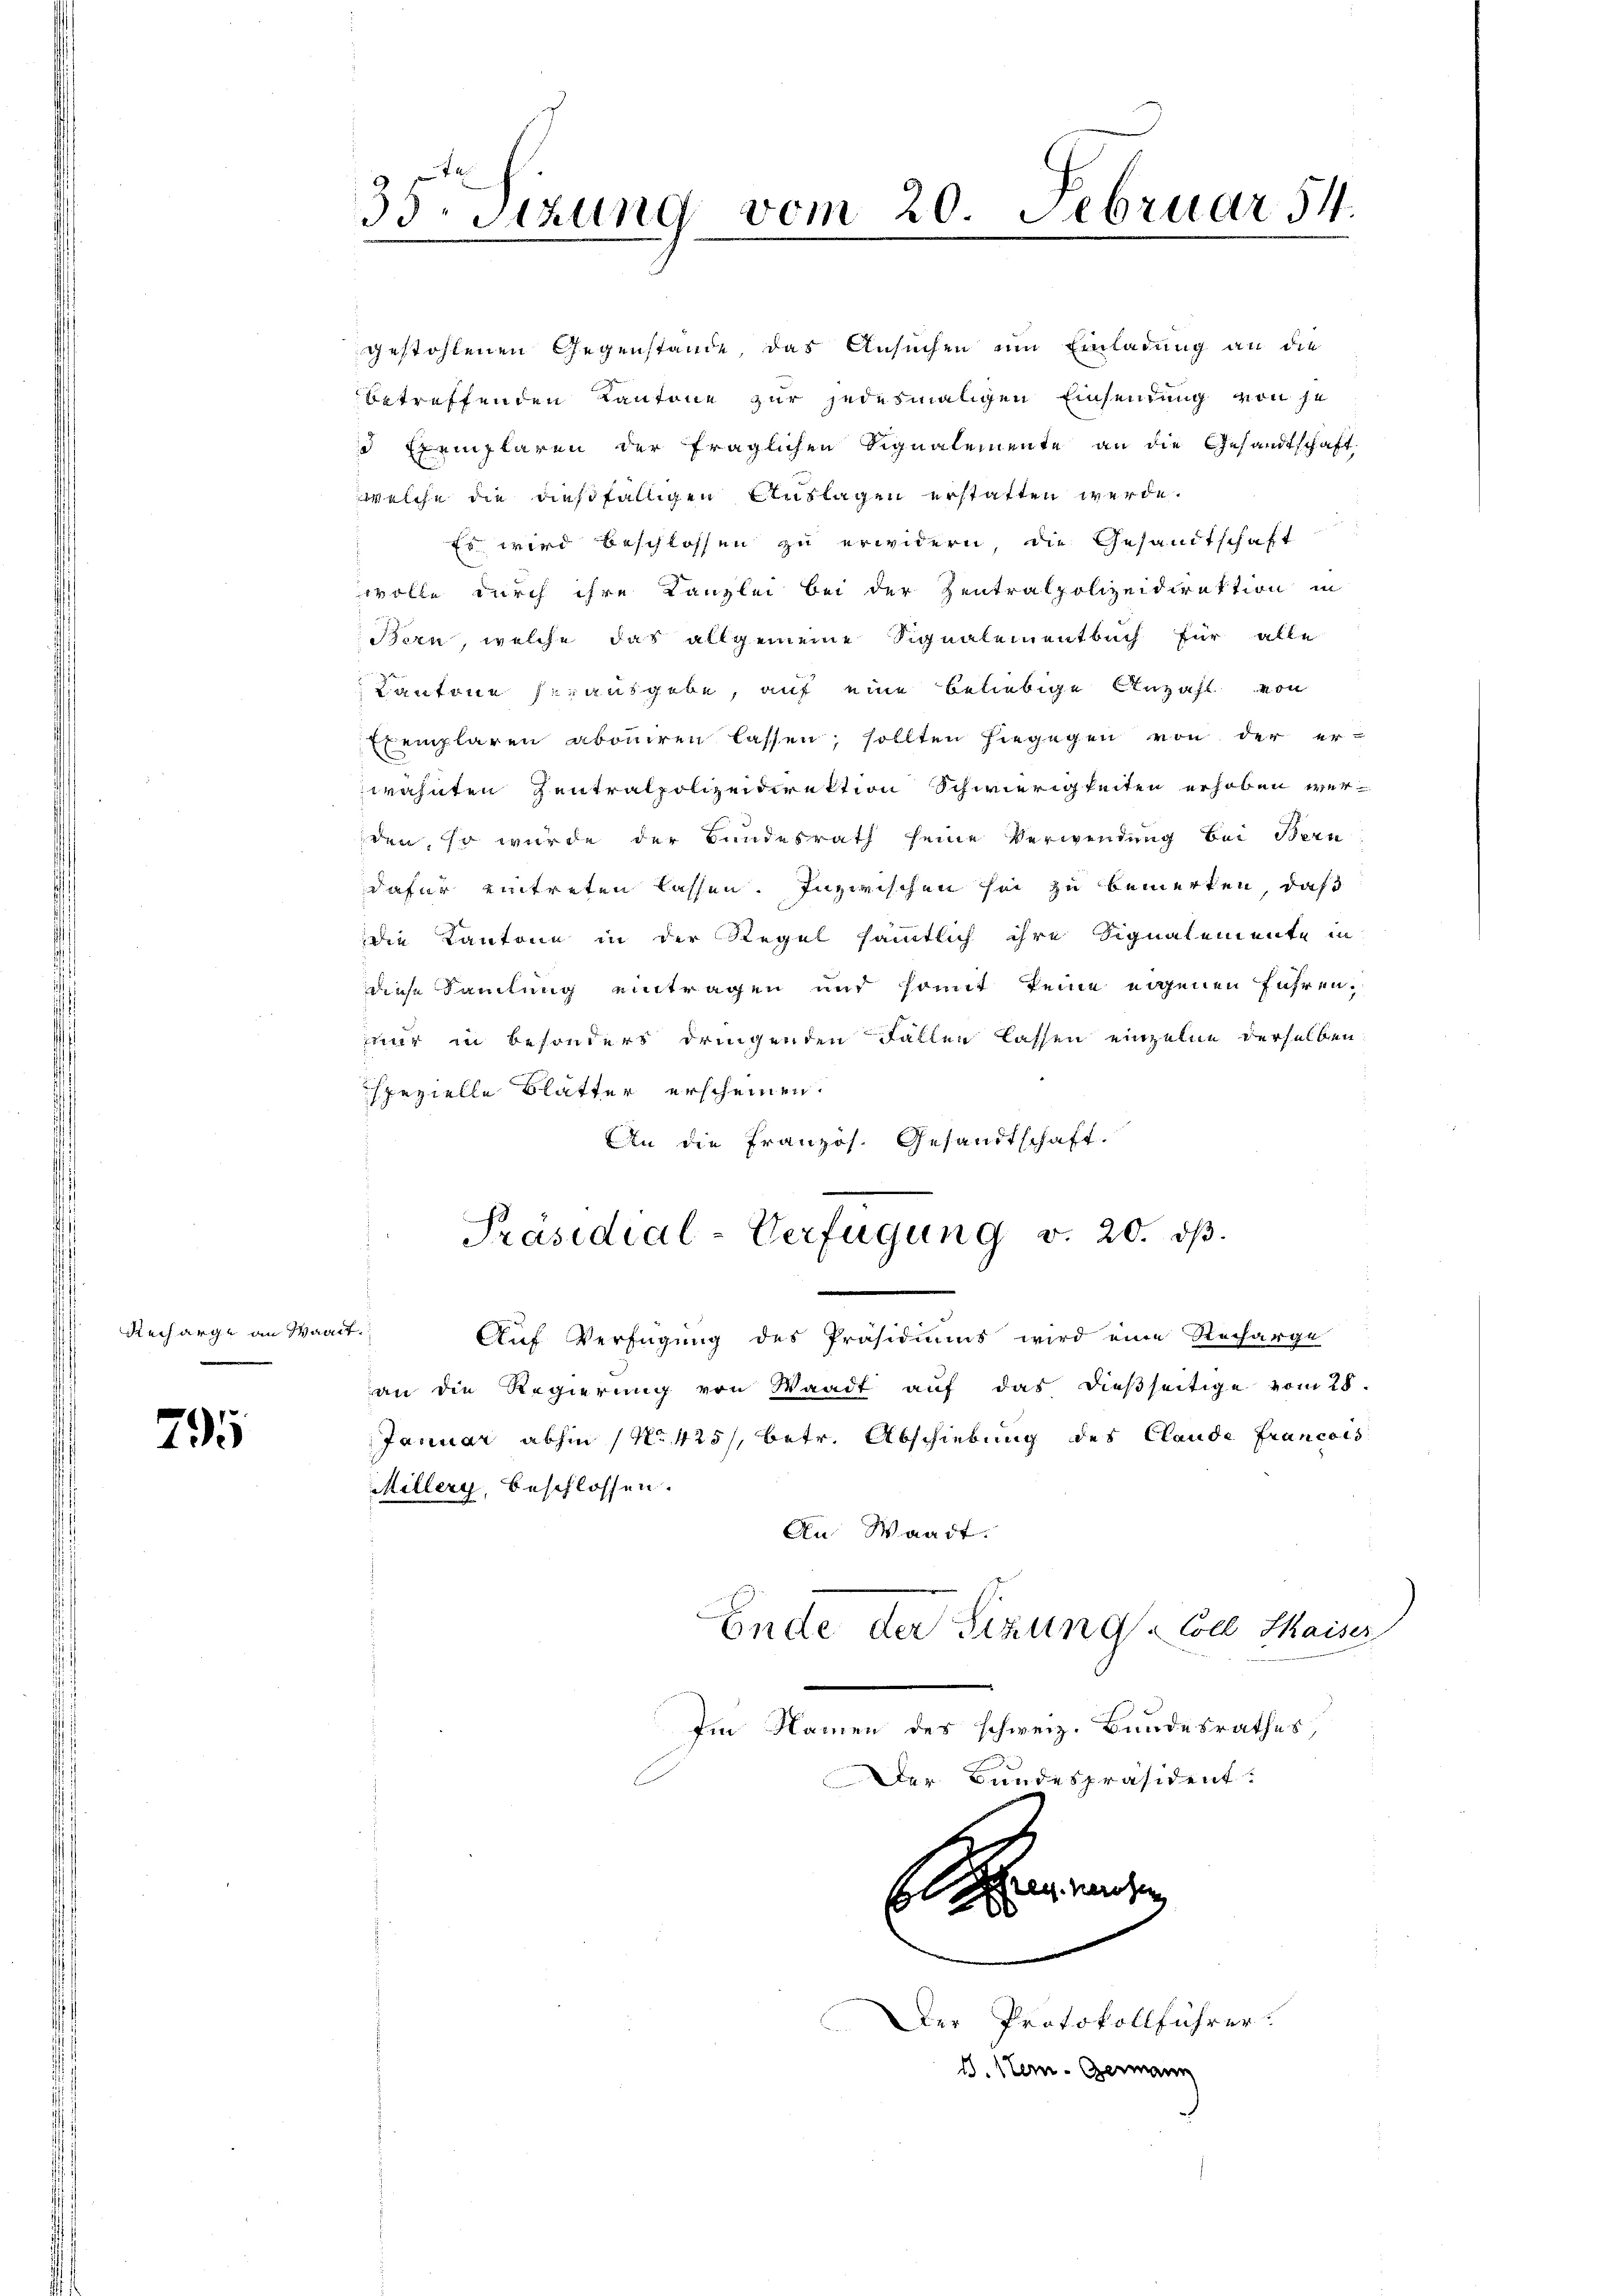
Recharge an Waadt.

79

35 sizung vom 20. Februar 54.
.

gestohlenen Gegenstände das Ansuchen um Einladung an die
betreffenden Kantone zur jedesmaligen Einsendung von je
d Exemplaren der fraglichen Signalemente an die Gesandtschaft
welche die dießfälligen Auflagen erstatten werde.
Es wird beschlossen zu erwidern die Gesandtschaft
wolle durch ihre Kanzlei bei der Zentralpolizeidirektion in
Bern, welche das allgemeine Signalementbuch für alle
Kantone fr. ausgebe, auf eine beliebige Anzahl von
Exemplaren aboniren lassen, sollten hiegegen von der erwähnten Zentralpolizeidirektion Schwierigkeiten erhoben werden, so wurde der Bundesrath seine Verwendung bei Bern
dafür eintreten lassen. Inzwischen sei zu bemerken, daß
die Kantone in der Regel sämmtlich ihre Signalemente in
diese Samlung eintragen und somit keine eigenen führen,
nur in besonders dringenden Fallen lassen einzelne derselben
spezielle Blatter erscheinen.
An die Französ. Gesandtschaft.
Präsidial-Verfügung v. 20. dβ.
Auf Verfügung des Präsidiums wird eine Recharge
an die Regierung von Waadt auf das dießseitige vom 28.
Januar abhin (No 425/, betr. Abschiebung des Claude Francois
Millerg, beschlossen.
An Waadt.
Ende der Sizung Coel Kaiser
Im Namen des schweiz. Bundesrathes,
Der Bundespräsident:

B

Der Protokollführer.
d. Stern- Genann

g. Herosen